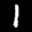
Label: 1